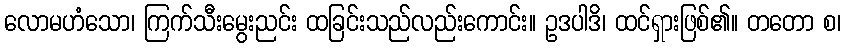
လောမဟံသော၊ ကြက်သီးမွေးညင်း ထခြင်းသည်လည်းကောင်း။ ဥဒပါဒိ၊ ထင်ရှားဖြစ်၏။ တတော စ၊